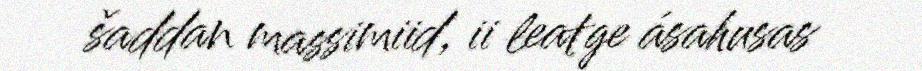
šaddan massimiid, ii leatge ásahusas